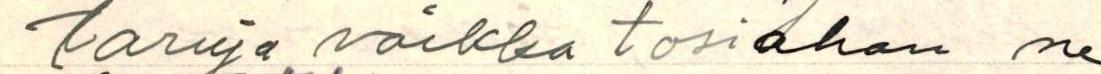
taruja vaikka tosiahan ne